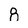
Character: 8